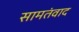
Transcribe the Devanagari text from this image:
सामतंवाद